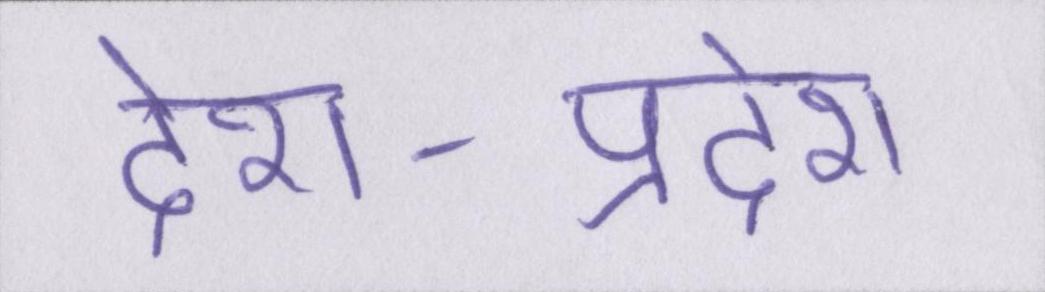
देश-प्रदेश